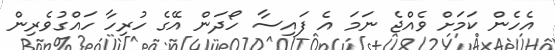
އެހެން ކަމަށް ވެއްޖެ ނަމަ އެ ފައިސާ ހޯދަން އޭގެ ހުރިހާ ހައްގުވެރިން